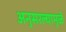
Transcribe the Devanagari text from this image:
अनुसरल्यामुळे